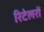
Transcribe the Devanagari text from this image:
रिटेलरों